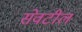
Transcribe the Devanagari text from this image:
सेवटील